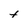
Character: t